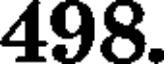
498.